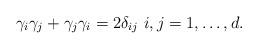
LaTeX: \begin{align*}\gamma_i \gamma_j + \gamma_j \gamma_i = 2\delta_{ij} \ i, j=1,\ldots,d. \end{align*}